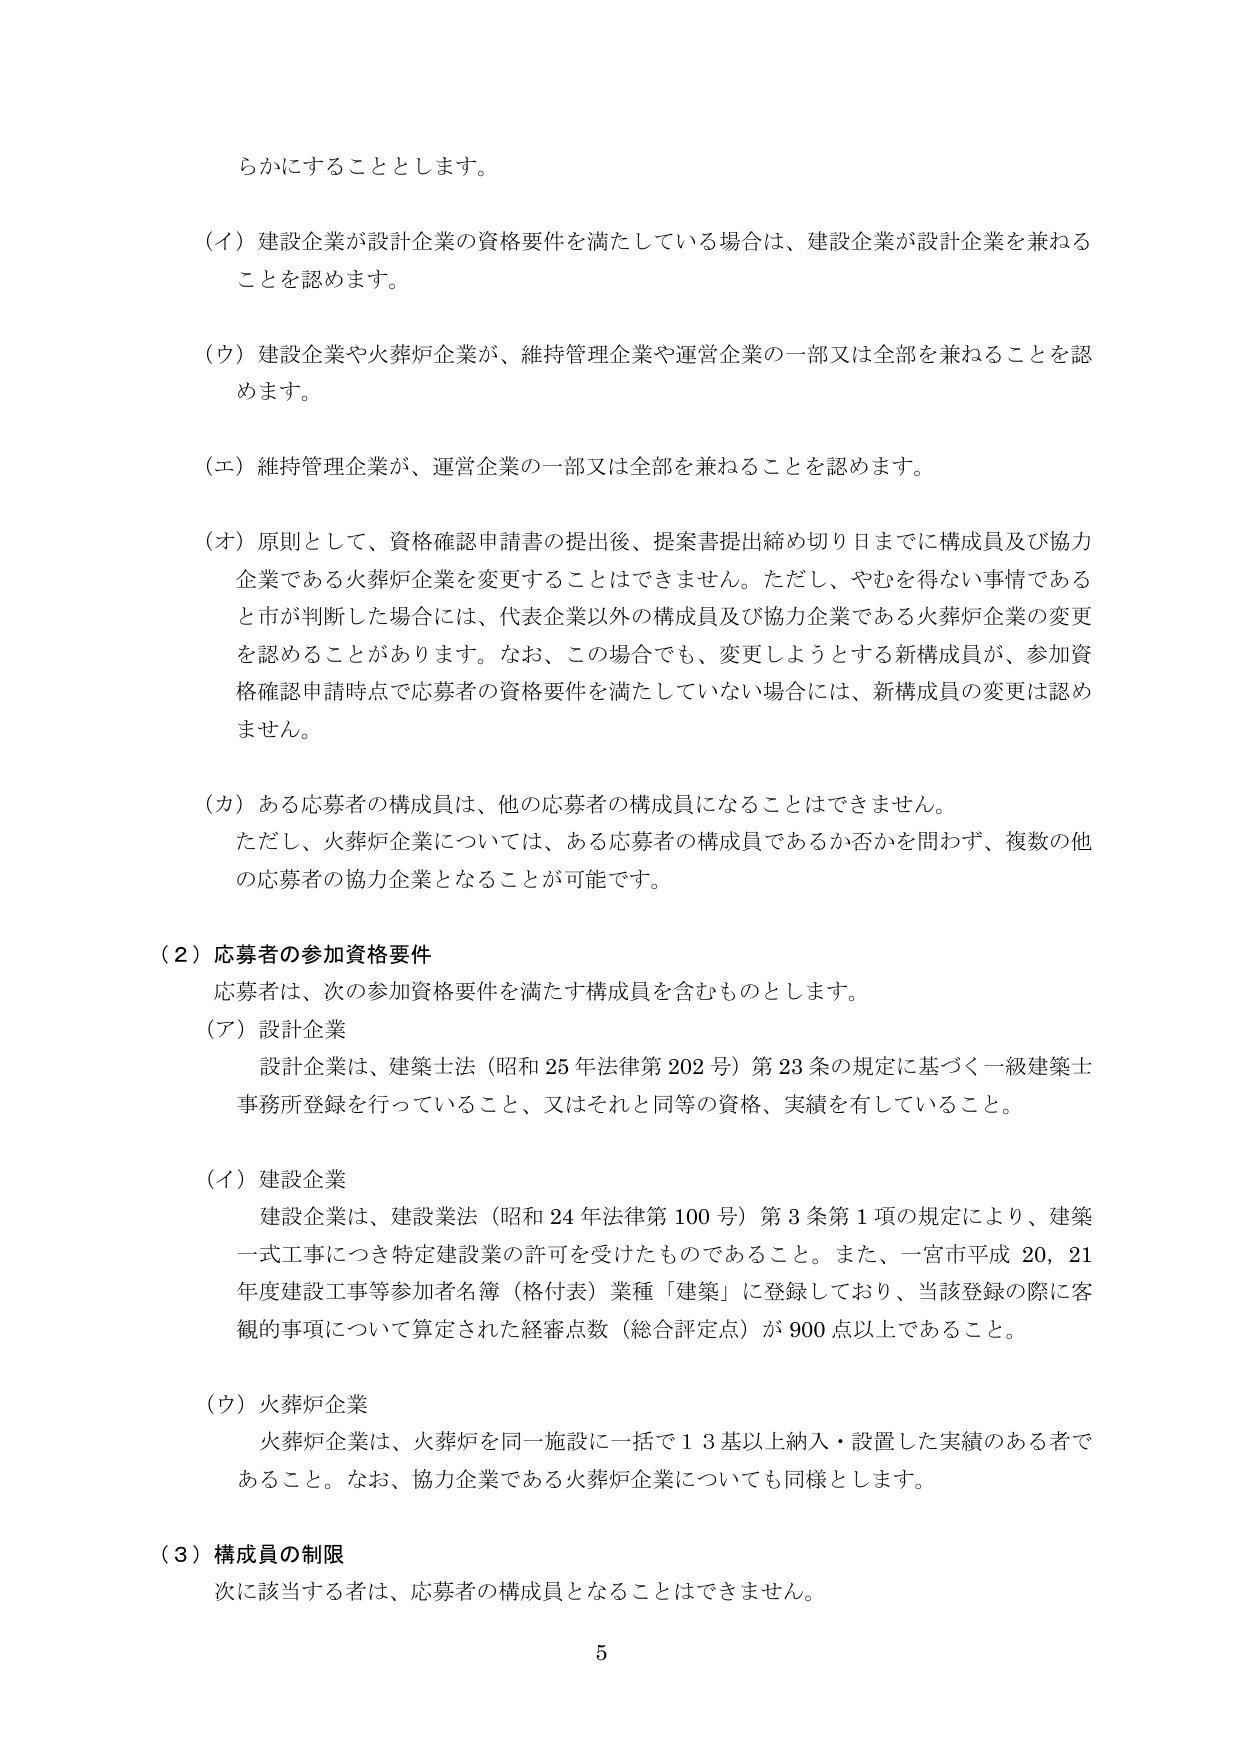
らかにすることとします。

（イ）建設企業が設計企業の資格要件を満たしている場合は、建設企業が設計企業を兼ねることを認めます。

（ウ）建設企業や火葬炉企業が、維持管理企業や運営企業の一部又は全部を兼ねることを認めます。

（エ）維持管理企業が、運営企業の一部又は全部を兼ねることを認めます。

（オ）原則として、資格確認申請書の提出後、提案書提出締め切り日までに構成員及び協力企業である火葬炉企業を変更することはできません。ただし、やむを得ない事情であると市が判断した場合には、代表企業以外の構成員及び協力企業である火葬炉企業の変更を認めることがあります。なお、この場合でも、変更しようとする新構成員が、参加資格確認申請時点で応募者の資格要件を満たしていない場合には、新構成員の変更は認めません。

（カ）ある応募者の構成員は、他の応募者の構成員になることはできません。ただし、火葬炉企業については、ある応募者の構成員であるか否かを問わず、複数の他の応募者の協力企業となることが可能です。

（２）応募者の参加資格要件
応募者は、次の参加資格要件を満たす構成員を含むものとします。

（ア）設計企業
設計企業は、建築士法（昭和25年法律第202号）第23条の規定に基づく一級建築士事務所登録を行っていること、又はそれと同等の資格、実績を有していること。

（イ）建設企業
建設企業は、建設業法（昭和24年法律第100号）第3条第1項の規定により、建築一式工事につき特定建設業の許可を受けたものであること。また、一宮市平成20、21年度建設工事等参加者名簿（格付表）業種「建築」に登録しており、当該登録の際に客観的事項について算定された経審点数（総合評定点）が900点以上であること。

（ウ）火葬炉企業
火葬炉企業は、火葬炉を同一施設に一括で13基以上納入・設置した実績のある者であること。なお、協力企業である火葬炉企業についても同様とします。

（３）構成員の制限
次に該当する者は、応募者の構成員となることはできません。

5